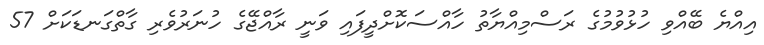
އިއްޔެ ބޭއްވި ހުޅުވުމުގެ ރަސްމިއްޔާތު ހާއްސަކޮށްދީފައި ވަނީ ރާއްޖޭގެ ހުނަރުވެރި ގާތްގަނޑަކަށް 57